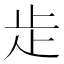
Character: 歨